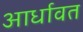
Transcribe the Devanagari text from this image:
आर्धावत